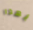
بهذا